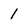
Character: I